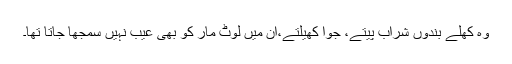
وہ کھلے بندوں شراب پیتے، جوا کھیلتے،ان میں لوٹ مار کو بھی عیب نہیں سمجھا جاتا تھا۔